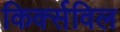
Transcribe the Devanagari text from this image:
किर्क्सविल